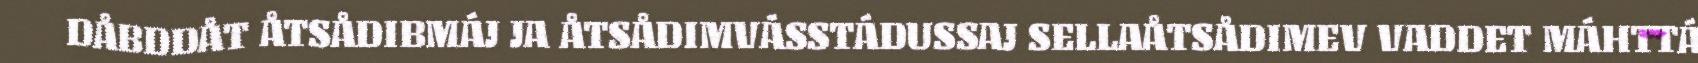
DÅBDDÅT ÅTSÅDIBMÁJ JA ÅTSÅDIMVÁSSTÁDUSSAJ SELLAÅTSÅDIMEV VADDET MÁHTTÁ